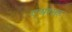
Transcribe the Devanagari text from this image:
एअरसह